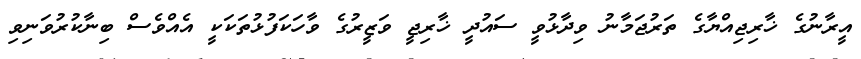
އީރާނުގެ ޚާރިޖިއްޔާގެ ތަރުޖަމާނު ވިދާޅުވީ ސައުދީ ޚާރިޖީ ވަޒީރުގެ ވާހަކަފުޅުތަކަކީ އެއްވެސް ބިނާކުރުވަނިވި